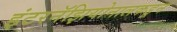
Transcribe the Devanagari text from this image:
इंटरनॅझियोनालकडून